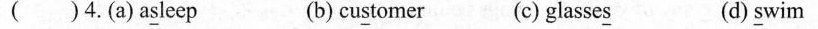
()4.(a)a\underline{s}leep (b)cu\underline{s}tomer (c)glasse\underline{s} (d)\underline{s}wim